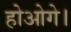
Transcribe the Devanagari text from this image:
होओगे।